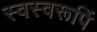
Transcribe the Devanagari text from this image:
स्वस्वरूपिं